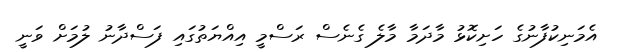
އެމަނިކުފާނުގެ ހަށިކޮޅު މާދަމާ މާލެ ގެނެސް ރަސްމީ އިއްޔަތުގައި ފަސްދާނު ލުމަށް ވަނީ